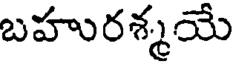
బహురశ్మయే